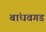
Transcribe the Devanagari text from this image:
बांधवगड